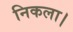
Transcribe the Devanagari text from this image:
निकला।